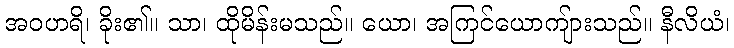
အဝဟရိ၊ ခိုး၏။ သာ၊ ထိုမိန်းမသည်။ ယော၊ အကြင်ယောကျ်ားသည်။ နီလိယံ၊